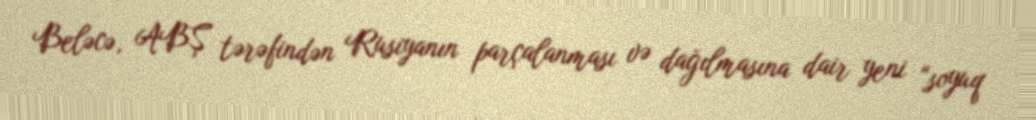
Beləcə, ABŞ tərəfindən Rusiyanın parçalanması və dağılmasına dair yeni “soyuq